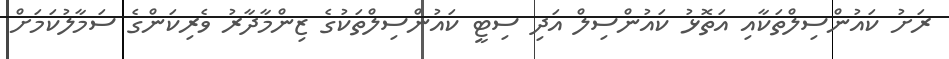
ރަށު ކައުންސިލްތަކާއި އަތޮޅު ކައުންސިލް އަދި ސިޓީ ކައުންސިލްތަކުގެ ޒިންމާދާރު ވެރިކަންގެ ސަމާލުކަމަށް